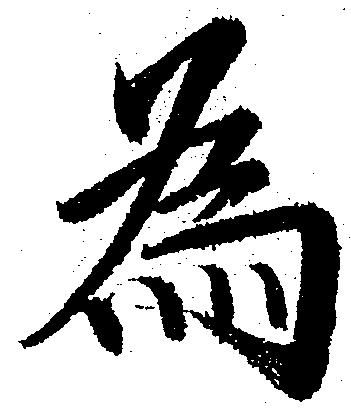
為